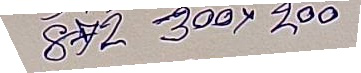
872 - 300 x 200